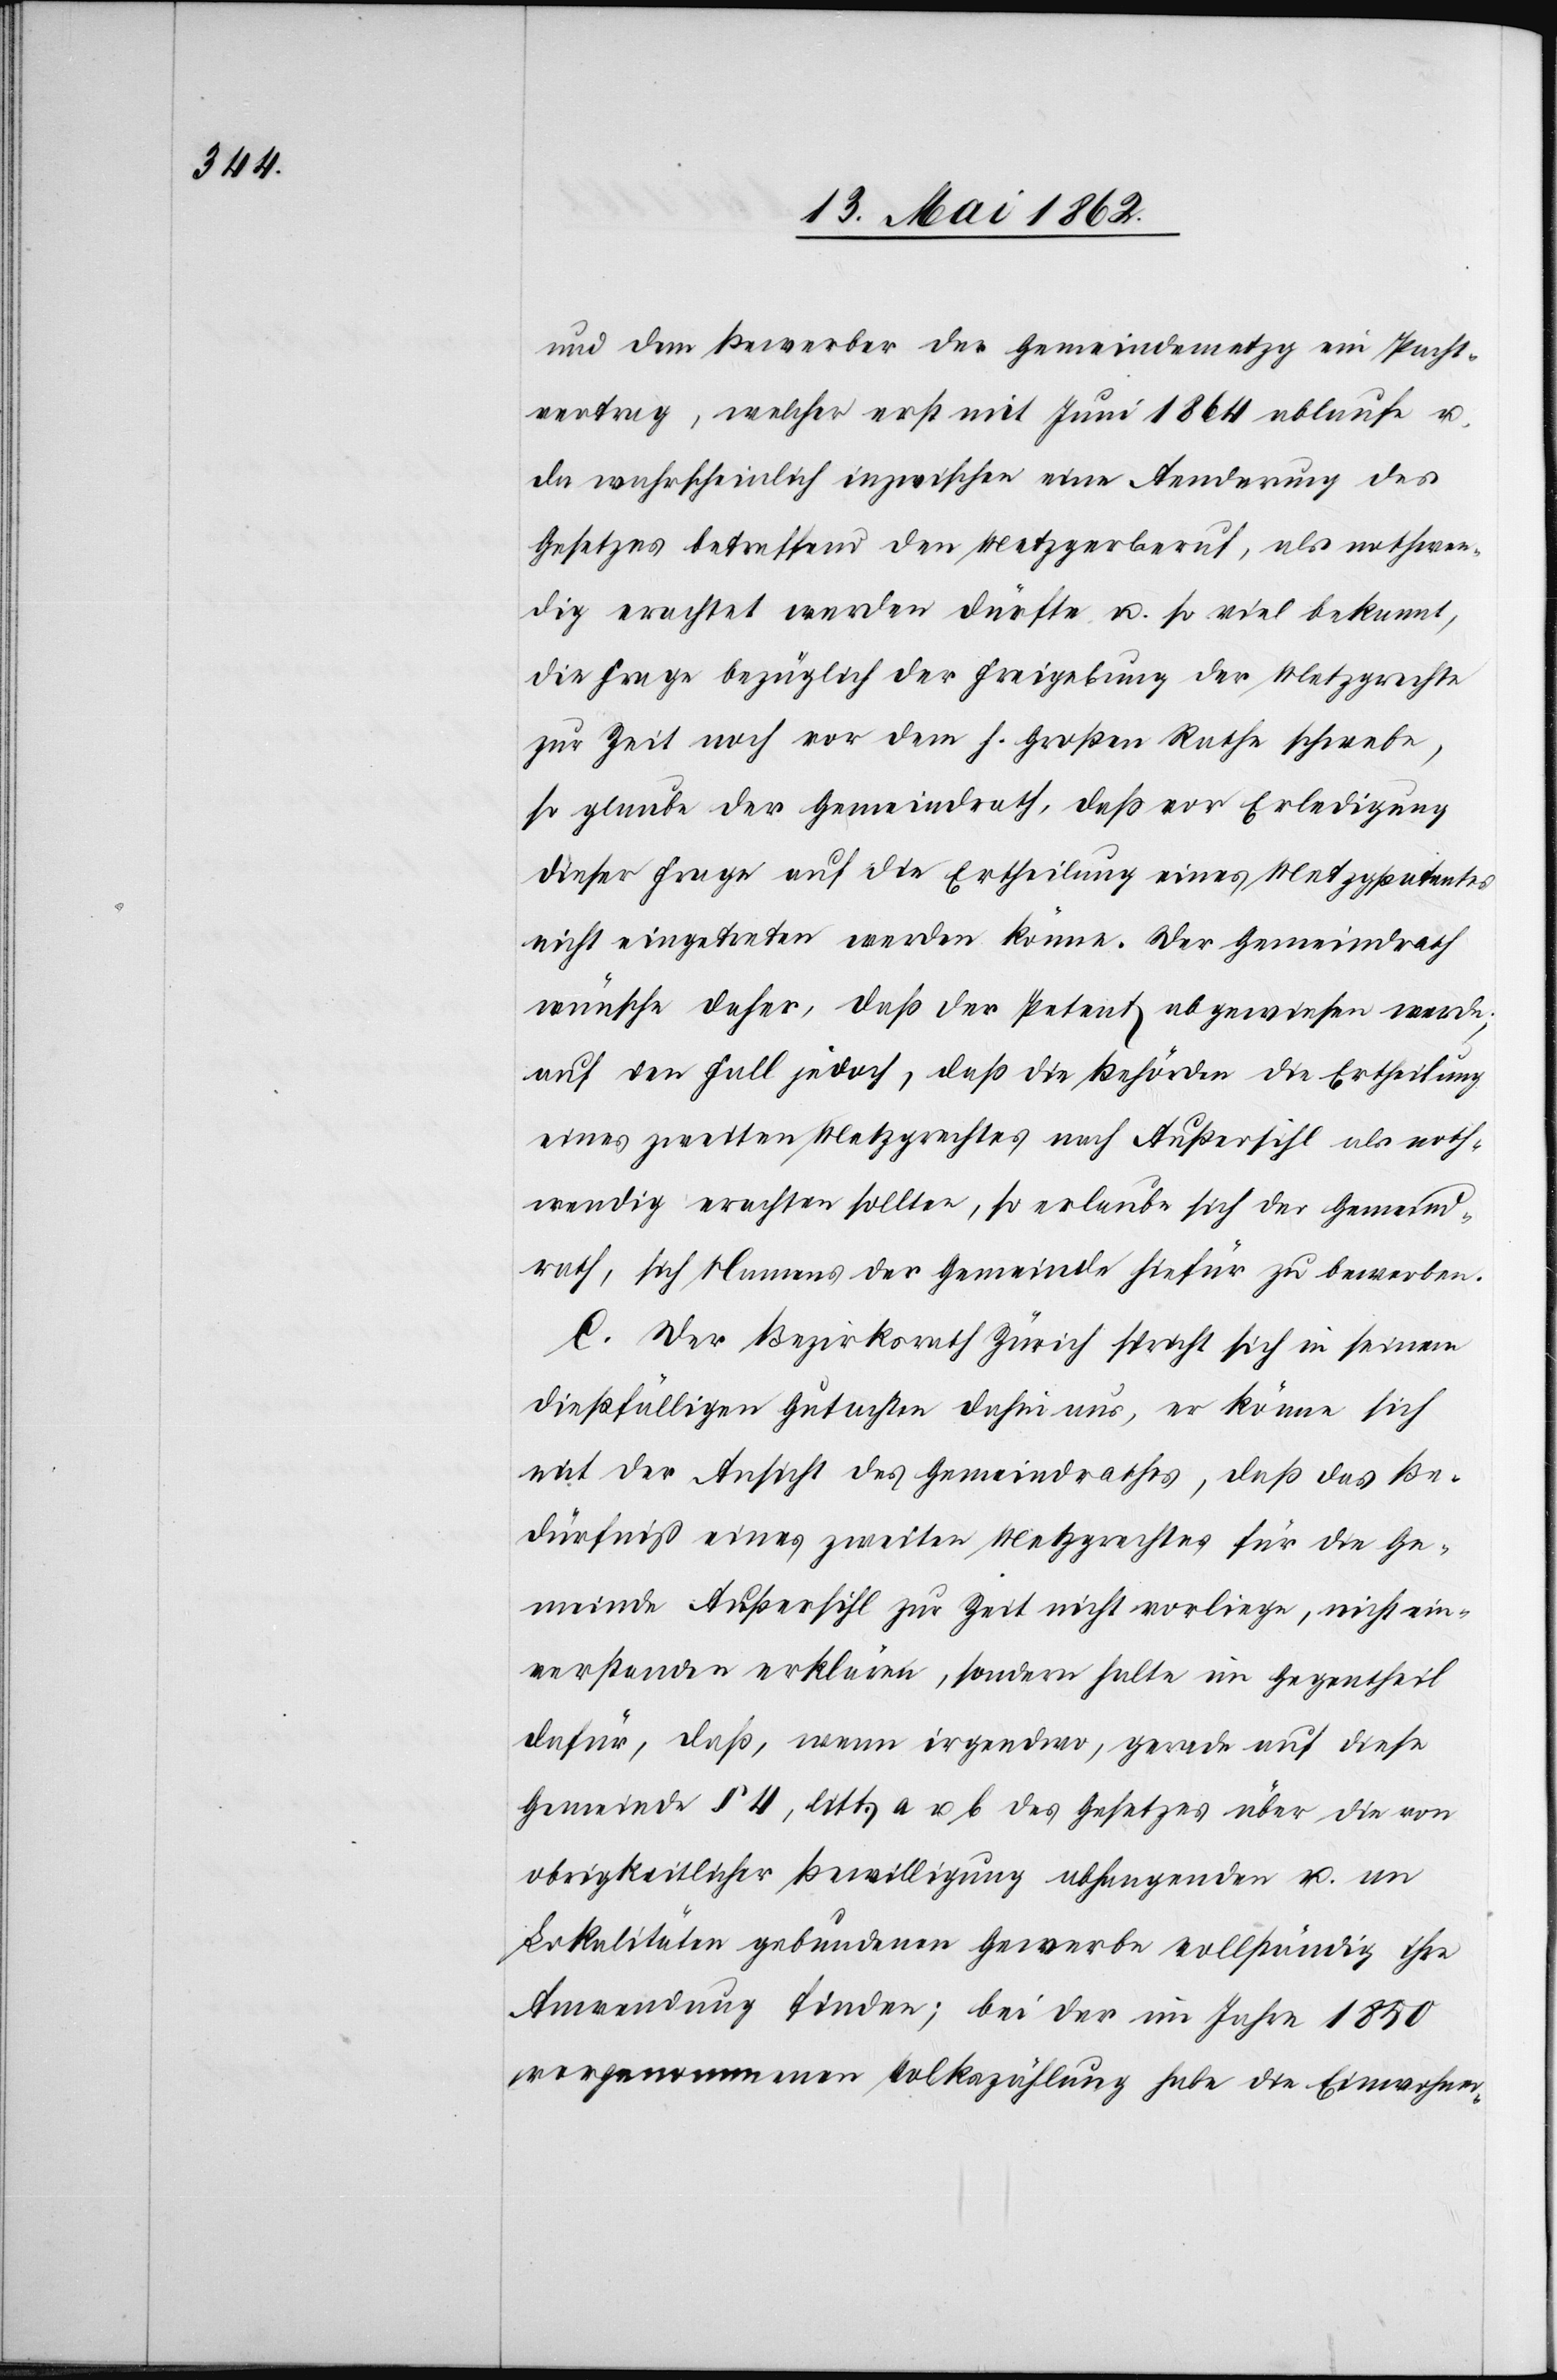
und dem Bewerber der Gemeindemetzg ein Pacht¬
vertrag, welcher erst mit Juni 1864 ablaufe u.
da wahrscheinlich inzwischen eine Aenderung des
Gesetzes betreffend den Metzgerberuf, als nothwen¬
dig erachtet werden dürfte, u. so viel bekannt,
die Frage bezüglich der Freigebung der Metzgrechte
zur Zeit noch vor dem h. Großen Rathe schwebe,
so glaube der Gemeindrath, daß vor Erledigung
dieser Frage auf die Ertheilung eines Metzgpatentes
nicht eingetreten werden könne. Der Gemeindrath
wünsche daher, daß der Petent abgewiesen werde,
auf den Fall jedoch, daß die Behörden die Ertheilung
eines zweiten Metzgrechtes nach Außersihl als noth¬
wendig erachten sollten, so erlaube sich der Gemeind¬
rath, sich Namens der Gemeinde hiefür zu bewerben.
C. Der Bezirksrath Zürich spricht sich in seinen
dießfälligen Gutachten dahin aus, er könne sich
mit der Ansicht des Gemeindrathes, daß das Be¬
dürfniß eines zweiten Metzgrechtes für die Ge¬
meinde Außersihl zur Zeit nicht vorliege, nicht ein¬
verstanden erklären, sondern halte im Gegentheil
für, daß, wenn irgendwo gerade auf diese
Gemeinde § 4, litt. a u. b des Gesetzes über die von
obrigkeitlicher Bewilligung abhangenden u. an
Lokalitäten gebundenen Gewerbe vollständig ihre
Anwendung finden; bei der im Jahre 1850
vorgenommenen Volkszählung habe die Einwohner-